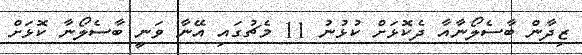
ޒިދާން ބާސެލޯނާއާ ދެކޮޅަށް ކުޅުނު 11 މެޗުގައި އޭނާ ވަނީ ބާސެލޯނާ ކޮޅަށް